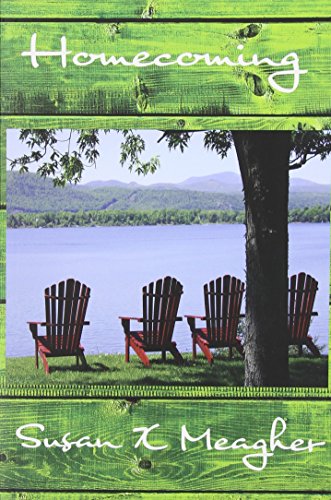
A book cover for Homecoming; Susan X Meagher; Romance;